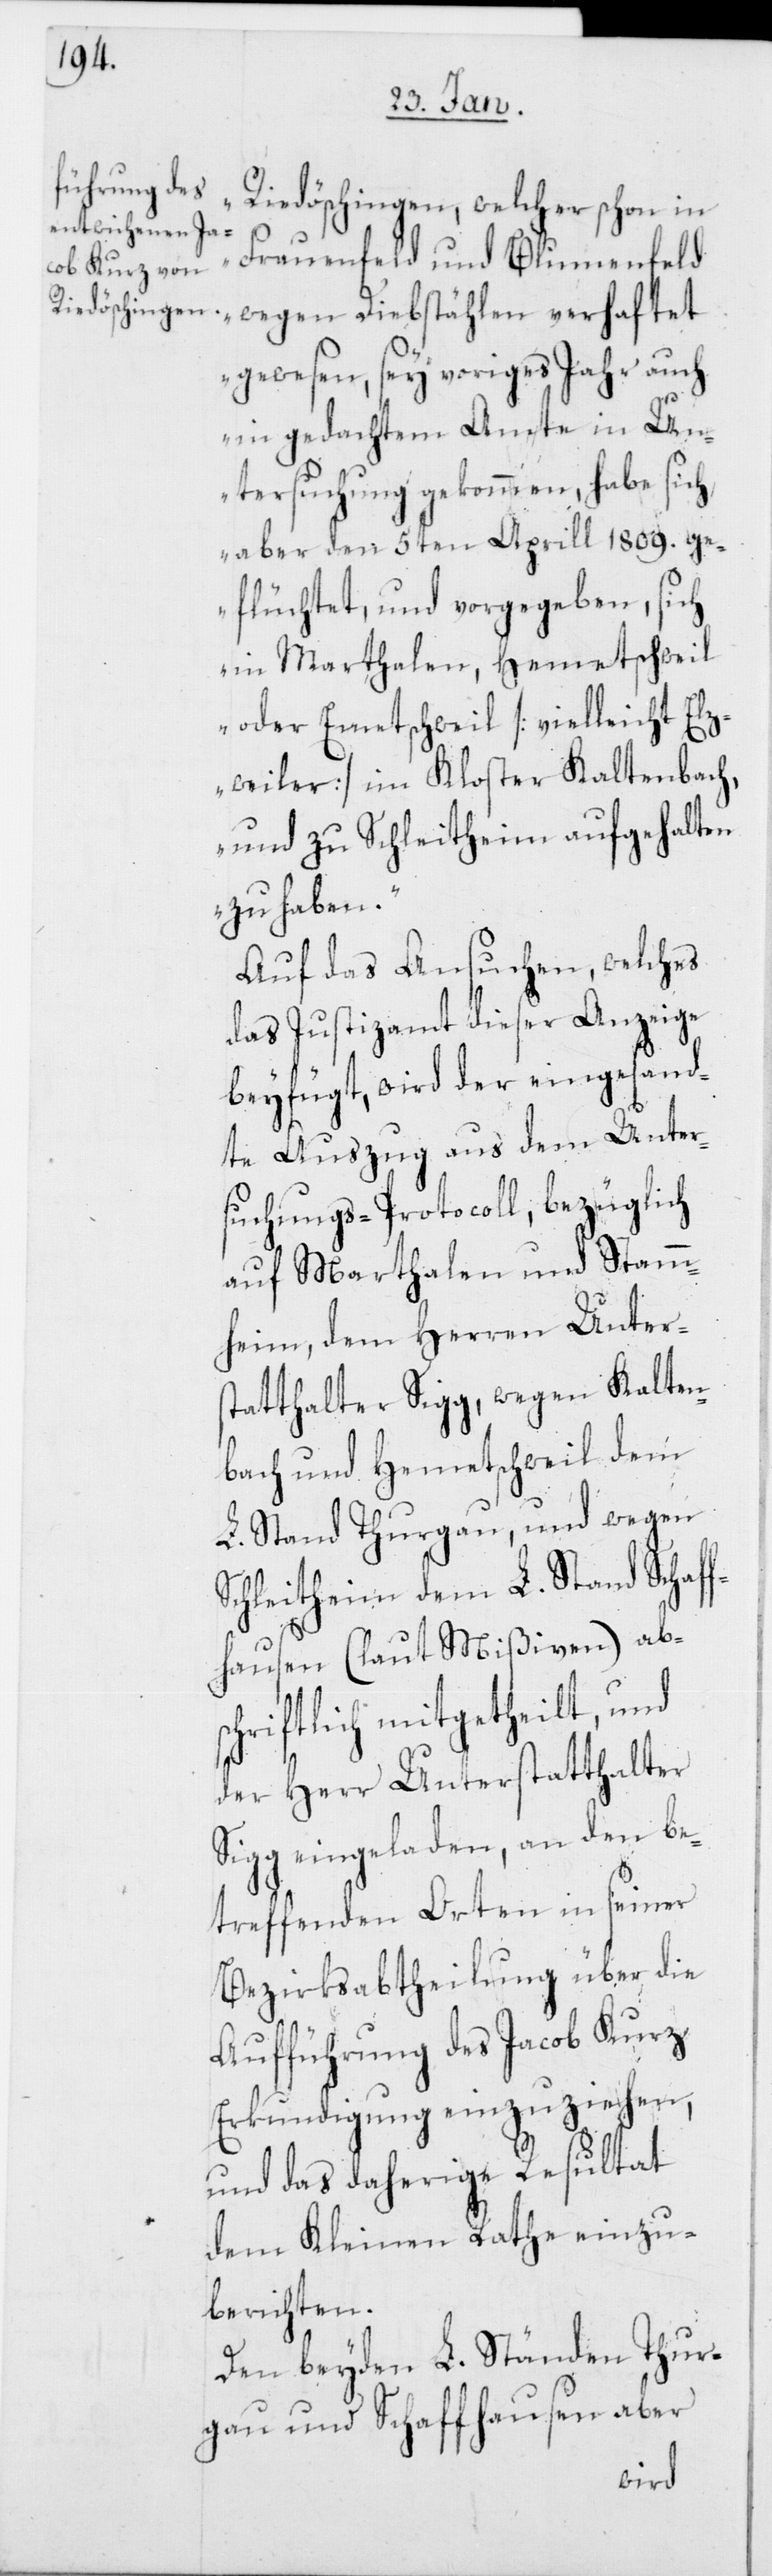
Riedöschingen, welcher schon in
Frauenfeld und Blumenfeld
wegen Diebstählen verhaftet
gewesen, sey voriges Jahr auch
in gedachtem Amte in Un¬
tersuchung gekommen, habe sich
aber den 5ten Aprill 1809. ge¬
flüchtet, und vorgegeben, sich
in Marthalen, Hemetschweil
oder Emetschweil [vielleicht Elz¬
weiler] im Kloster Kaltenbach,
und zu Schleitheim aufgehalten
zu haben.“
Auf das Ansuchen, welches
das Justizamt dieser Anzeige
beyfügt, wird der eingesand¬
te Auszug aus dem Unter¬
suchungs-Protocoll, bezüglich
auf Marthalen und Stamm¬
heim, dem Herren Unters¬
tatthalter Sigg, wegen Kalten¬
bach und Hemetschweil dem
L. Stand Thurgau, und wegen
Schleitheim dem L. Stand Schaf¬
fhausen (laut Mißiven) abs¬
chriftlich mitgetheilt, und
der Herr Unterstatthalter
Sigg eingeladen, an den be¬
treffenden Orten in seiner
Bezirksabtheilung über die
Aufführung des Jacob Kurz
Erkundigung einzuziehen,
und das daherige Resultat
dem Kleinen Rathe einzu¬
berichten.
Den beyden L. Ständen Thur¬
gau und Schaffhausen aber